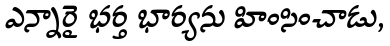
ఎన్నారై భర్త భార్యను హింసించాడు,